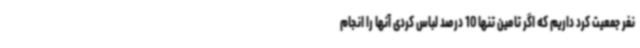
نفر جمعیت کرد داریم که اگر تامین تنها 10 درصد لباس کردی آنها را انجام